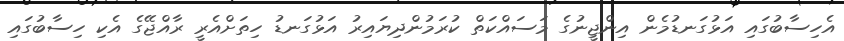
އެހިސާބުގައި އަޅުގަނޑުމެން އިންޖީނުގެ މަސައްކަތް ކުރަމުންދިޔައިރު އަޅުގަނޑު ހިތަށްއެރީ ރާއްޖޭގެ އެކި ހިސާބުގައި